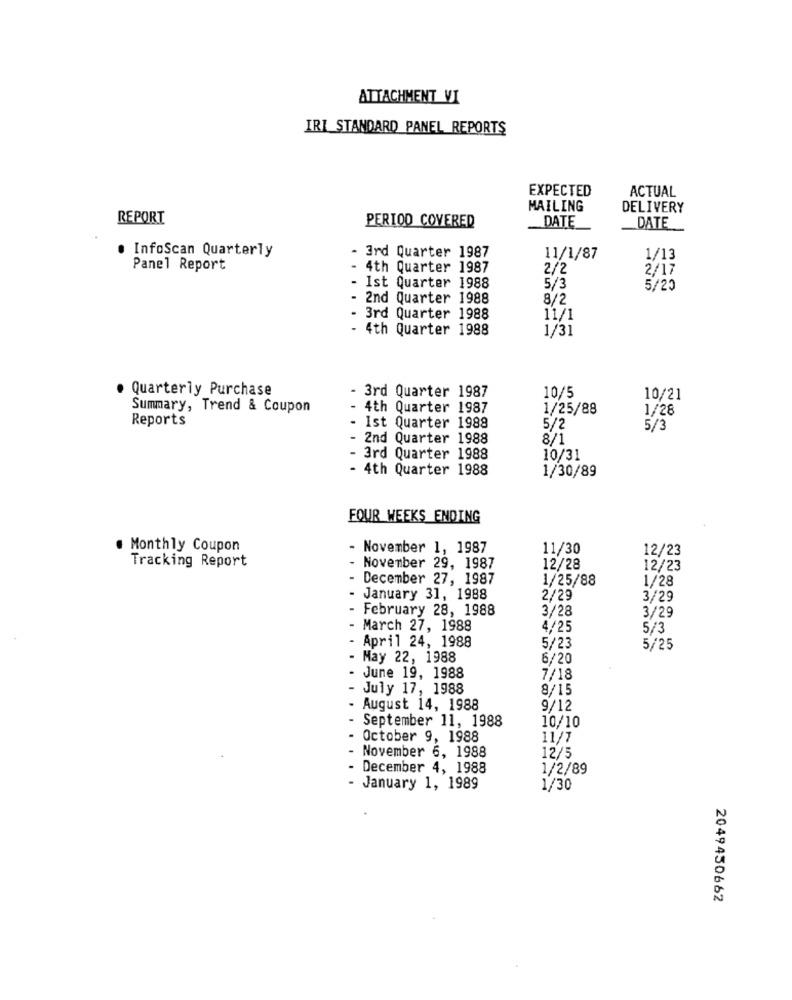
ATTACHMENT VI
IRI STANDARD PANEL REPORTS
EXPECTED
ACTUAL
MAILING
DELIVERY
REPORT
PERIOD COVERED
DATE
DATE
InfoScan Quarterly
- 3rd Quarter 1987
11/1/87
1/13
Panel Report
4th Quarter 1987
2/2
2/17
- Ist Quarter 1988
5/3
5/20
- 2nd Quarter 1988
8/2
3rd Quarter 1988
11/1
- 4th Quarter 1988
1/31
. Quarterly Purchase
- 3rd Quarter 1987
10/5
10/21
Summary, Trend & Coupon
4th Quarter 1987
1/25/88
1/28
Reports
Ist Quarter 1988
5/2
5/3
- 2nd Quarter 1988
8/1
3rd Quarter 1988
10/31
- 4th Quarter 1988
1/30/89
FOUR WEEKS ENDING
. Monthly Coupon
November 1, 1987
11/30
12/23
Tracking Report
November 29, 1987
12/28
12/23
December 27, 1987
1/25/88
1/28
January 31, 1988
2/29
3/29
February 28, 1988
3/28
3/29
March 27, 1988
4/25
5/3
April 24, 1988
5/23
5/25
May 22, 1988
6/20
June 19, 1988
7/18
July 17, 1988
8/15
August 14, 1988
9/12
September 11, 1988
10/10
October 9, 1988
11/7
November 6, 1988
12/5
December 4, 1988
1/2/89
- January 1, 1989
1/30
2049450662